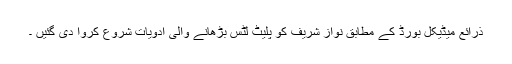
ذرائع میڈیکل بورڈ کے مطابق نواز شریف کو پلیٹ لٹس بڑھانے والی ادویات شروع کروا دی گئیں ۔